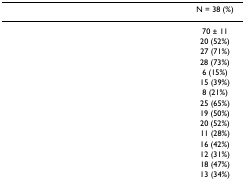
<table><thead><tr><td>[EMPTY_CELL]</td><td><b>N = 38 (%)</b></td></tr></thead><tbody><tr><td>[EMPTY_CELL]</td><td>70 ± 11</td></tr><tr><td>[EMPTY_CELL]</td><td>20 (52%)</td></tr><tr><td>[EMPTY_CELL]</td><td>27 (71%)</td></tr><tr><td>[EMPTY_CELL]</td><td>28 (73%)</td></tr><tr><td>[EMPTY_CELL]</td><td>6 (15%)</td></tr><tr><td>[EMPTY_CELL]</td><td>15 (39%)</td></tr><tr><td>[EMPTY_CELL]</td><td>8 (21%)</td></tr><tr><td>[EMPTY_CELL]</td><td>25 (65%)</td></tr><tr><td>[EMPTY_CELL]</td><td>19 (50%)</td></tr><tr><td>[EMPTY_CELL]</td><td>20 (52%)</td></tr><tr><td>[EMPTY_CELL]</td><td>11 (28%)</td></tr><tr><td>[EMPTY_CELL]</td><td>16 (42%)</td></tr><tr><td>[EMPTY_CELL]</td><td>12 (31%)</td></tr><tr><td>[EMPTY_CELL]</td><td>18 (47%)</td></tr><tr><td>[EMPTY_CELL]</td><td>13 (34%)</td></tr></tbody></table>